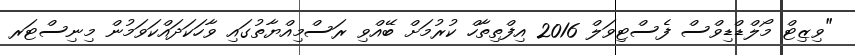
"ވިޒިޓް މޯލްޑްޑިވްސް ފެސްޓިވަލް 2016 އިފްތިތާހް ކުރުމަށް ބޭއްވި ރަސްމިއްޔާތުގައި ވާހަކަދައްކަވަމުން މިނިސްޓަރ